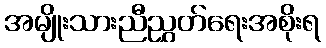
အမျိုးသားညီညွှတ်ရေးအစိုးရ